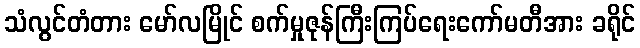
သံလွင်တံတား မော်လမြိုင် စက်မှုဇုန်ကြီးကြပ်ရေးကော်မတီအား ခရိုင်